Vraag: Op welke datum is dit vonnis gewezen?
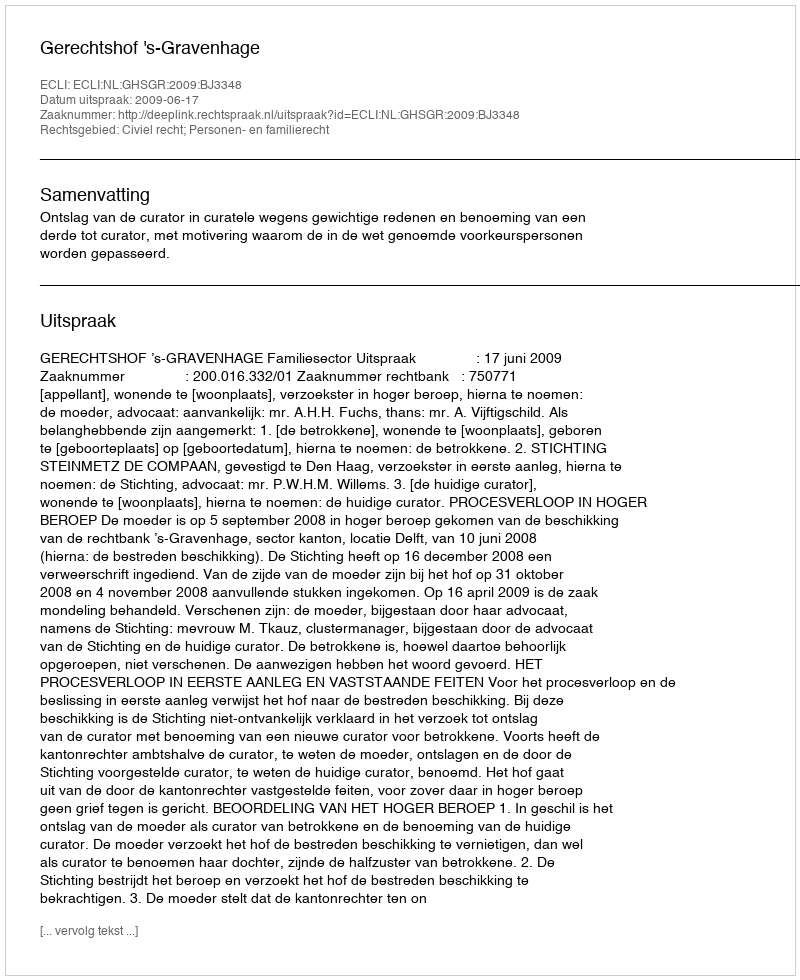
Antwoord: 2009-06-17